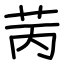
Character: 苪